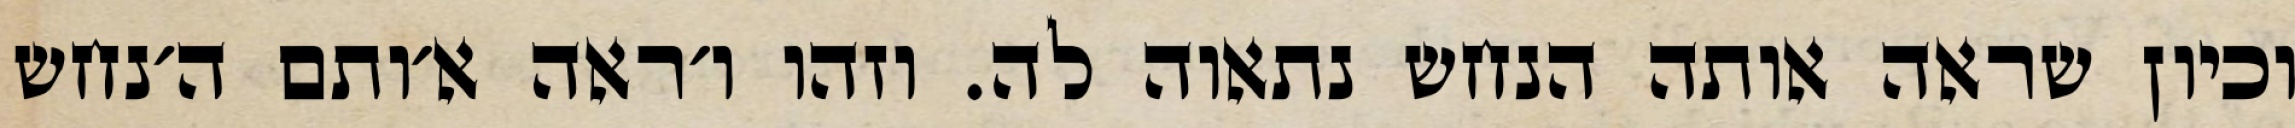
וכיון שראה אותה הנחש נתאוה לה. וזהו ו׳ראה א׳ותם ה׳נחש